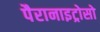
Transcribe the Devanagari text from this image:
पैरानाइट्रोसो